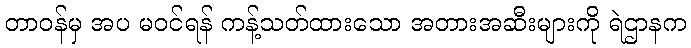
တာဝန်မှ အပ မဝင်ရန် ကန့်သတ်ထားသော အတားအဆီးများကို ရဲဌာနက